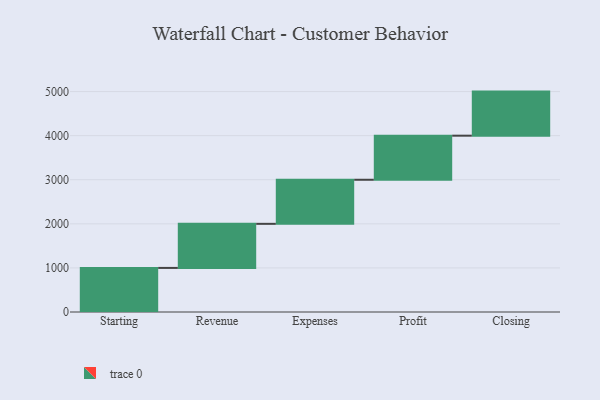
{"axis": {"x": "Step", "y": "Value"}, "legend": [""], "data": [{"x": "Starting", "y": 1000, "type": ""}, {"x": "Revenue", "y": 1000, "type": ""}, {"x": "Expenses", "y": 1000, "type": ""}, {"x": "Profit", "y": 1000, "type": ""}, {"x": "Closing", "y": 1000, "type": ""}]}